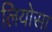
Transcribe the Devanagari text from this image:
लियोसा